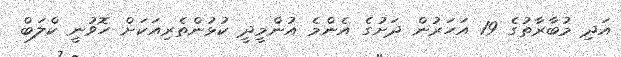
އަދި މުބާރާތުގެ 19 އަހަރުން ދަށުގެ އެންމެ އުންމީދީ ކުޅުންތެރިއަކަށް ހޮވުނީ ކްލަބް